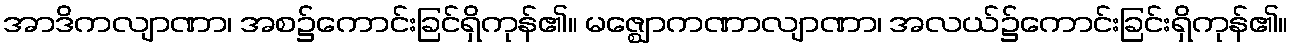
အာဒိကလျာဏာ၊ အစ၌ကောင်းခြင်ရှိကုန်၏။ မဇ္ဈောကဏာလျာဏာ၊ အလယ်၌ကောင်းခြင်းရှိကုန်၏။